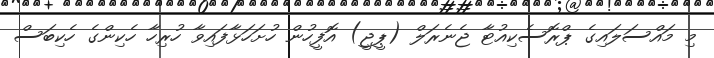
މި މައްސަލައިގެ ޕްރޮސެކިއުޓާ ޖެނެރަލް (ޕީޖީ) އޮފީހުން ހުށަހަޅާފައިވާ ހުރިހާ ހެކިންގެ ހެކިބަސް